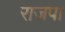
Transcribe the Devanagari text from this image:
राजपा